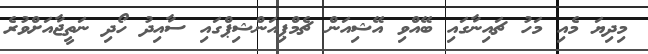
މިދިޔަ މެއި މަހު ޗައިނާގައި ބޭއްވި އޭޝިއަން ޗެމްޕިއަންޝިޕްގައި ސާއިދު ހޯދި ނަތީޖާއަށްވުރެ